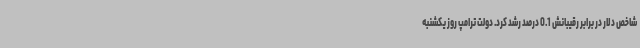
شاخص دلار در برابر رقیبانش 0.1 درصد رشد کرد. دولت ترامپ روز یکشنبه